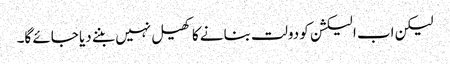
لیکن اب الیکشن کو دولت بنانے کا کھیل نہیں بننے دیا جائے گا۔